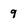
Character: 9